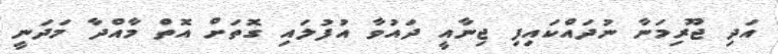
އަދި ޖޫރިމަނާ ނުދައްކައިފި ޖިނާއީ ދައުވާ އުފުލައި ގޮތަށް އޮތް މާއްދާ މަދަނީ